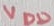
Text: VDD